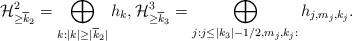
LaTeX: \begin{align*}\mathcal{H}_{\geq \overline{k}_2}^2=\bigoplus_{k:|k|\geq|\overline{k}_2|}h_{k},\mathcal{H}_{\geq \overline{k}_3}^3=\bigoplus_{j:j\leq|k_3|-1/2,m_{j},k_{j}:}h_{j,m_{j},k_{j}}.\end{align*}